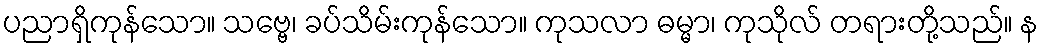
ပညာရှိကုန်သော။ သဗ္ဗေ၊ ခပ်သိမ်းကုန်သော။ ကုသလာ ဓမ္မာ၊ ကုသိုလ် တရားတို့သည်။ န